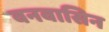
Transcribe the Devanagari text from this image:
वनवासिन